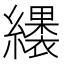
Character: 𮉑